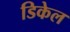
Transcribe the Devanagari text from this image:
डिकेल